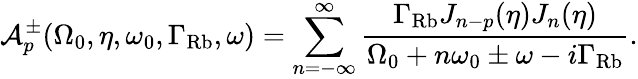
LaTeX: \mathcal{A}_{p}^{\pm}(\Omega_{0},\eta,\omega_{0},\Gamma_{\mathrm{Rb}},\omega)=\sum_{n=-\infty}^{\infty}\frac{\Gamma_{\mathrm{Rb}}J_{n-p}(\eta)J_{n}(\eta)}{\Omega_{0}+n\omega_{0}\pm\omega-i\Gamma_{\mathrm{Rb}}}.